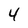
Character: 4